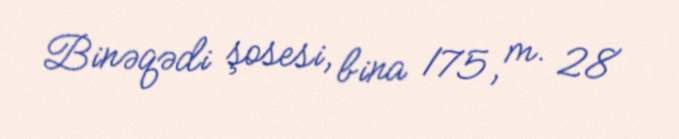
Binəqədi şosesi, bina 175, m. 28